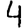
Digit: 4